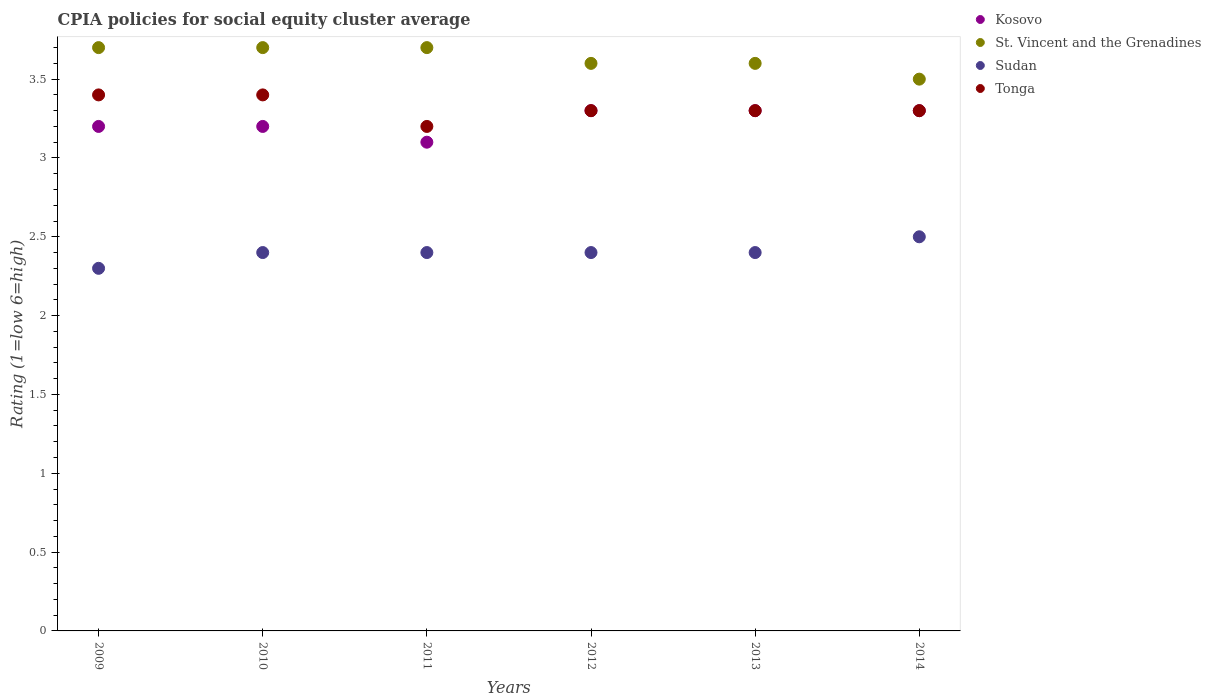
| Years | Kosovo | St. Vincent and the Grenadines | Sudan | Tonga |
 | --- | --- | --- | --- | --- |
 | 2009 | 3.2 | 3.7 | 2.3 | 3.4 |
 | 2010 | 3.2 | 3.7 | 2.4 | 3.4 |
 | 2011 | 3.1 | 3.7 | 2.4 | 3.2 |
 | 2012 | 3.3 | 3.6 | 2.4 | 3.3 |
 | 2013 | 3.3 | 3.6 | 2.4 | 3.3 |
 | 2014 | 3.3 | 3.5 | 2.5 | 3.3 |